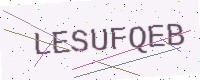
Text: LESUFQEB